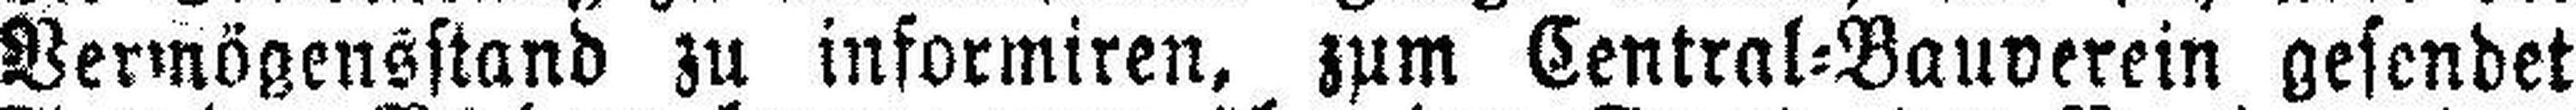
Vermögensstand zu informiren, zum Central=Bauverein gesendet